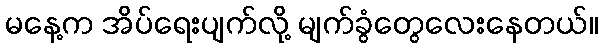
မနေ့က အိပ်ရေးပျက်လို့ မျက်ခွံတွေလေးနေတယ်။